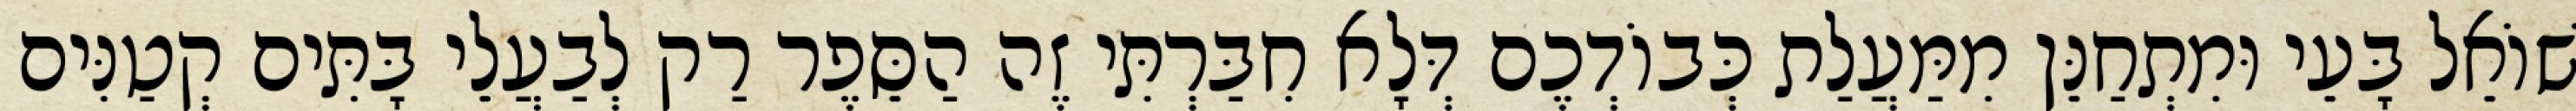
שׁוֹאֵל בָּעֵי וּמִתְחַנֵּן מִמַּעֲלַת כְּבוֹדְכֶם דְּלָא חִבַּרְתִּי זֶה הַסֵּפֶר רַק לְבַעֲלֵי בָּתִּים קְטַנִּים